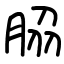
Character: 𦚰